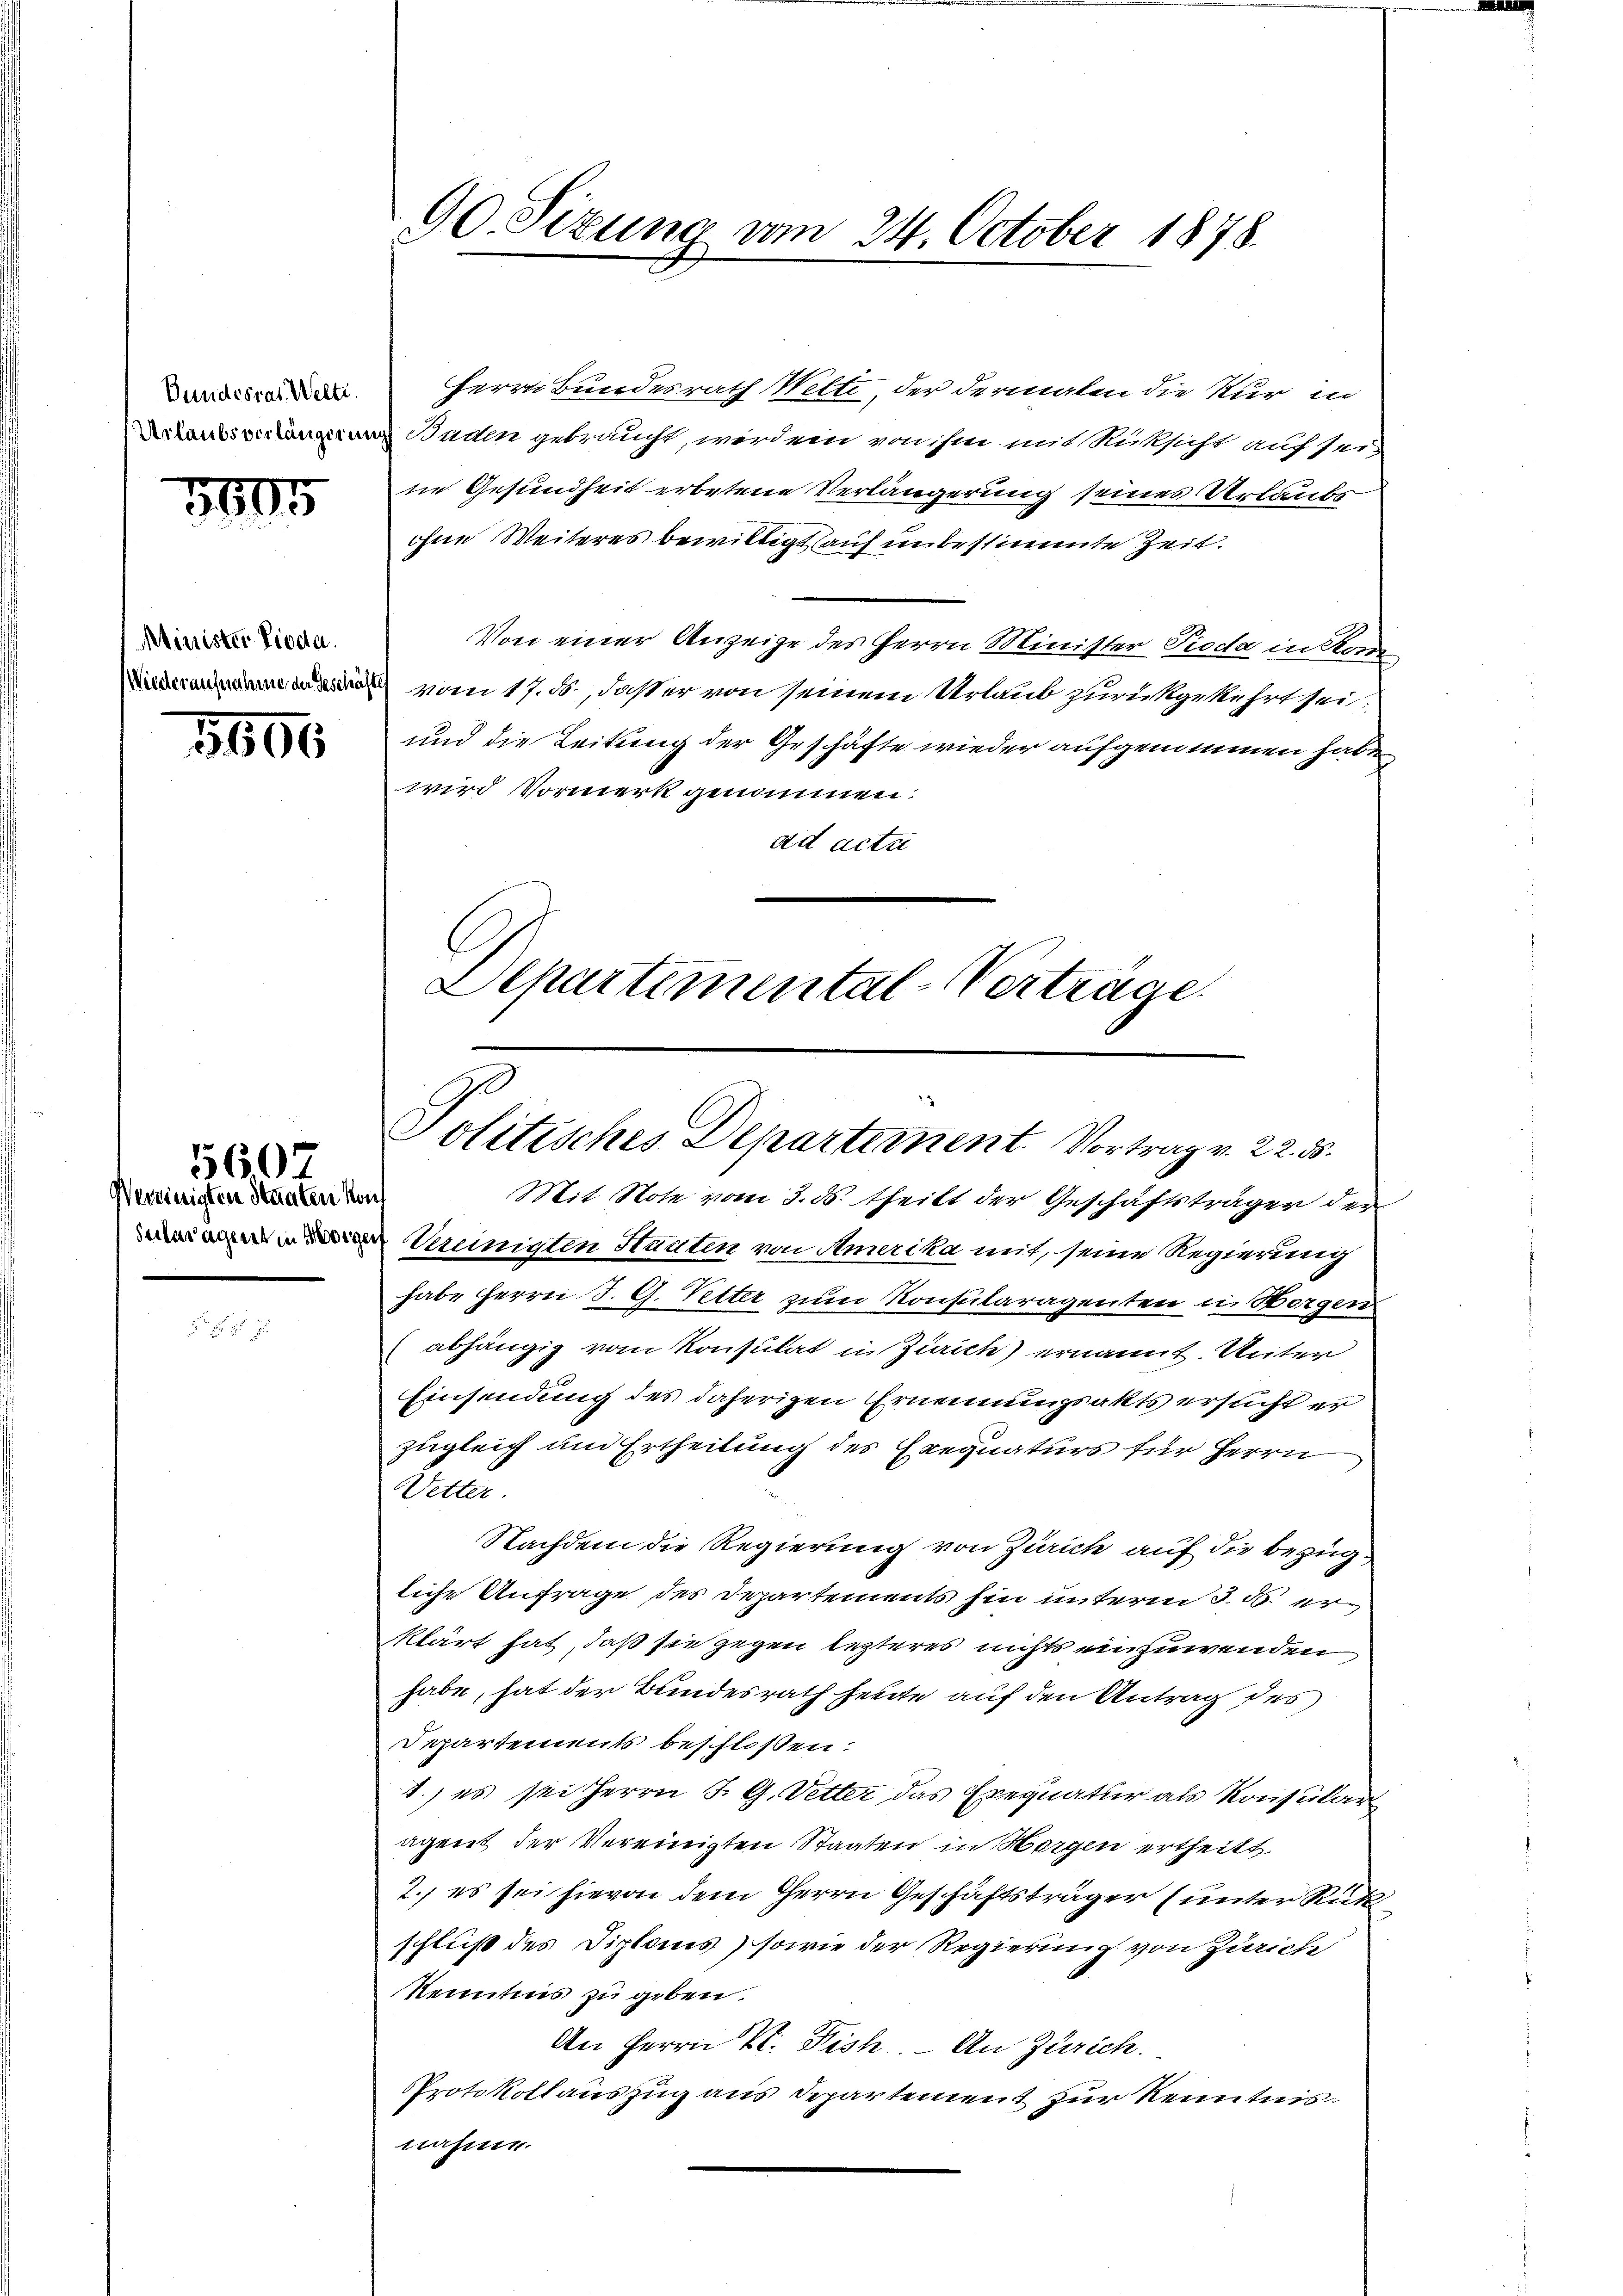
Bundesrat. Welti.

1805

Minister Pioda.

5606

Vereinigten Staaten kont

560

Herrn Bundesrath Wette, der dermalen die Nur in
m Baden gebraucht, wird ein von ihm mit Rüksicht auf sei,
ne Gesundheit erbetene Verlängerung seiner Urlaubs
ohne Weiteres bewilligt auf unbestimmte Zeit.
Von einer Anzeige des Herrn Minister Pioda in Kon
 vom 17. ds., daß er von seinem Urlaub zurückgekehrt sei.
und die Leitung der Geschäfte wieder aufgenommen habe
wird Vormerk genommen:
ad actu
C
Departemental-Verträge.

90. Sizung vom 24. October 1878.

Politisches Departement. Vortrag v. 22. 55.

Mit Note vom 3. ds. theilt der Geschäftsträger der
Weinigten Staaten von Amerika mit, seine Regierung
habe Herrn J. G. Vetter zum Konsularagenten in Horgen
abhängig vom Konsulat in Zürich) ernannt. Unter
Einsendung des daherigen Ernennungsakts ersucht er
zugleich und Ertheilung des Exequaturs für Herrn
Vetter
Nachdem die Regierung von Zürich auf die bezügliche Anfrage des Departements hin unterm 3. ds. erklärt hat, daß sie gegen lezteres nichts einzuwenden
habe, hat der Bundesrath heute auf den Antrag des
Departements beschloßen:
1.) es sei Herrn J. G. Vetter das Exequatur als Konsular
agent der Vereinigten Staaten in Horgen ertheilt.
2. es sei hievon dem Herrn Geschäftsträger (unter Rükschluß des Diploms) sowie der Regierung von Zürich
Kenntnis zu geben.
An Herrn Dr. Fisch. An Zürich.
Protokollauszug aus Departement zur Kenntnis.
nahme.